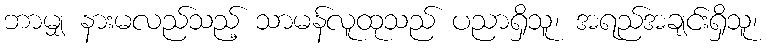
ဘာမျှ နားမလည်သည့် သာမန်လူထုသည် ပညာရှိသူ၊ အရည်အချင်းရှိသူ၊